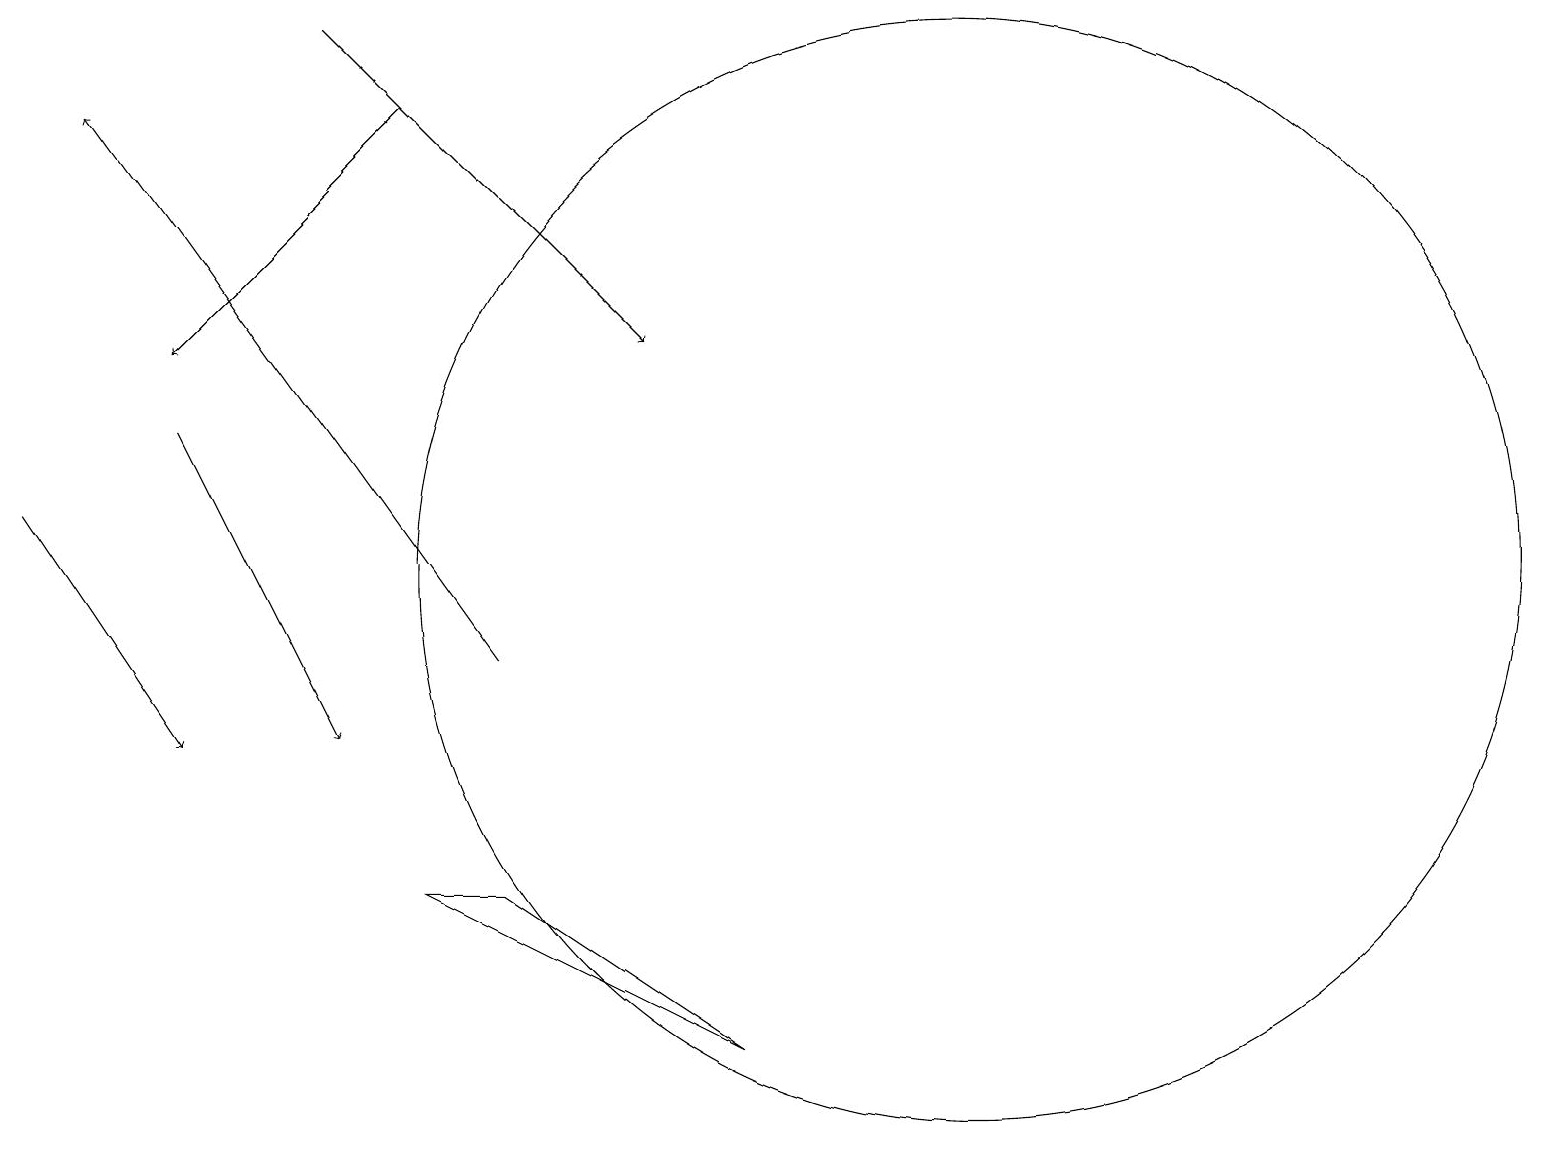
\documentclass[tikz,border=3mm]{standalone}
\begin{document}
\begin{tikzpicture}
\draw[->] (6,11) -- (1,18);
\draw[->] (2,14) -- (4,10);
\draw[->] (4,19) -- (8,15);
\draw[->] (0,13) -- (2,10);
\draw (6,8) -- (5,8) -- (9,6) -- cycle;
\draw[->] (5,18) -- (2,15);
\draw (12,12) circle (7);
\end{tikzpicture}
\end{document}